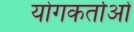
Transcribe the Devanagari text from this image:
योगकर्ताओं